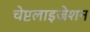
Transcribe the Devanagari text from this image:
चेप्टलाइजेशन